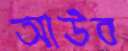
আউব